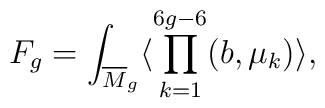
F_g= \int_{{\overline M}_{g}} \langle \prod_{k=1}^{6g-6} (b, \mu_k)\rangle,